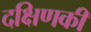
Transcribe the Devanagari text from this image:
दक्षिणकी